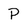
Character: P